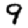
Digit: 9